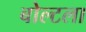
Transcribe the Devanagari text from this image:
बोल्टला